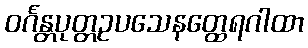
ဝင်္ဂန္တပုတ္တဥပသေနတ္ထေရဂါထာ